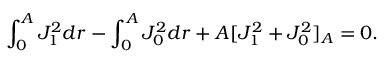
\int _ { 0 } ^ { A } J _ { 1 } ^ { 2 } d r - \int _ { 0 } ^ { A } J _ { 0 } ^ { 2 } d r + A [ J _ { 1 } ^ { 2 } + J _ { 0 } ^ { 2 } ] _ { A } = 0 .